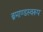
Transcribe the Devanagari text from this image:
ब्रमाण्डस्वरूप